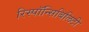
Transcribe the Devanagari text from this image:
रिस्पॉन्सिबिलिटी